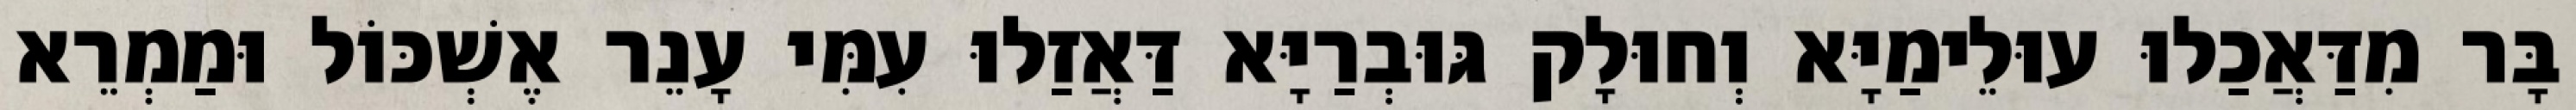
בָּר מִדַּאֲכַלוּ עוּלֵימַיָּא וְחוּלָק גּוּבְרַיָּא דַּאֲזַלוּ עִמִּי עָנֵר אֶשְׁכּוֹל וּמַמְרֵא